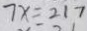
7 x = 2 1 7